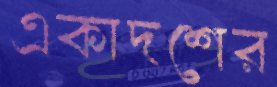
একাদশের